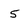
Character: 5